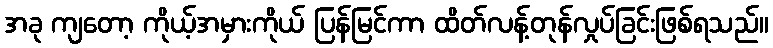
အခု ကျတော့ ကိုယ့်အမှားကိုယ် ပြန်မြင်ကာ ထိတ်လန့်တုန်လှုပ်ခြင်းဖြစ်ရသည်။